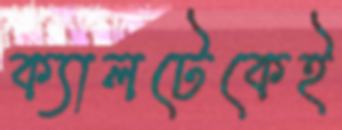
ক্যালটেকেই